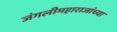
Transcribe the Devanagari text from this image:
जंगलीमहाराजांच्या